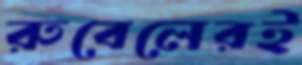
রুবেলেরই